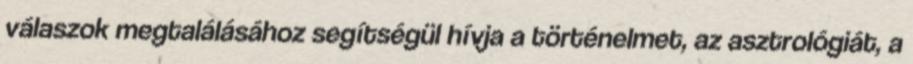
válaszok megtalálásához segítségül hívja a történelmet, az asztrológiát, a